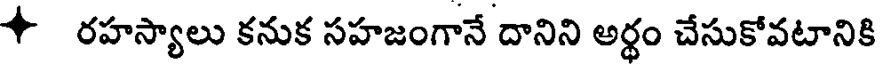
4 రహస్యాలు కనుక సహజంగానే దానిని అర్థం చేసుకోవటానికి